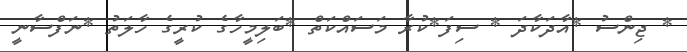
* ޖިންސު *އާދަކާދަ * ސިފަ*ކުރާ މަސައްކަތް *ބަލިމީހާގެ ކުރީގެ ހާލަތު *ނަފްސާނީ